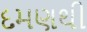
દમણથી